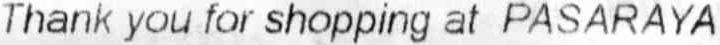
THANK YOU FOR SHOPPING AT PASARAYA